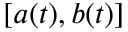
[ a ( t ) , b ( t ) ]